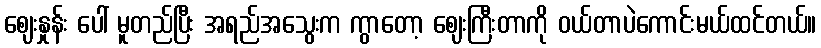
ဈေးနှုန်း ပေါ် မူတည်ပြီး အရည်အသွေးက ကွာတော့ ဈေးကြီးတာကို ဝယ်တာပဲကောင်းမယ်ထင်တယ်။